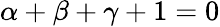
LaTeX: \alpha+\beta+\gamma+1=0